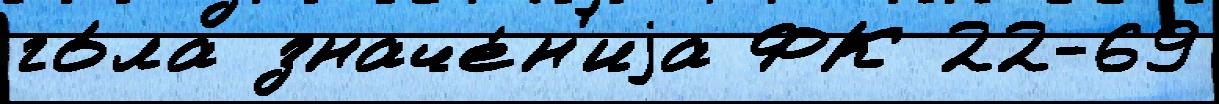
го́ла значе́н'иjа ФК 22-69